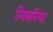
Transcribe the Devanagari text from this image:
स्विमवियर